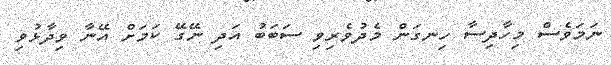
ނަމަވެސް މިހާދިސާ ހިނގަން މެދުވެރިވި ސަބަބު އަދި ނޭގޭ ކަމަށް އޭނާ ވިދާޅުވި